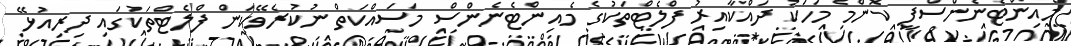
މެއިންޓެނެންސްފީ ކޮންމެ މަހަކު ދައްކާއިރު ފްލެޓްތަކުގެ މެއިންޓެނެންސް މަސައްކަތް ނުކުރެވޭކަން ފްލެޓްތަކުގައި ދިރިއުޅޭ